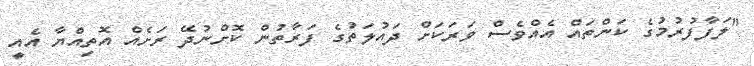
"ލަފާފުރުމުގެ ކަންތައް އެއްވެސް ވަރަކަށް ދައުލަތުގެ ފަރާތުން ކޮށްނުދޭ ރަށެއް އޮތިއްޔާ އެއީ